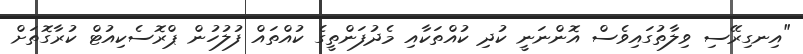
"އިނގިރޭސި ވިލާތުގައިވެސް އޮންނަނީ ކުދި ކުއްތަކާއި މެދުފަންތީގެ ކުއްތައް ފުލުހުން ޕްރޮސެކިއުޓް ކުރާގޮތަށް